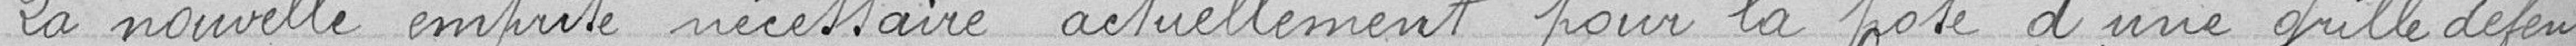
La nouvelle emprise nécessaire actuellement pour la pose d'une grille défen-